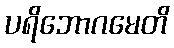
ပရိဘောဂမေတိ